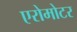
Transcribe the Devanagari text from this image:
एरोमोटर